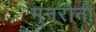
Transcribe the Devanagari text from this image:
मुनरोनी